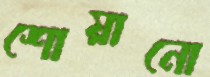
শোয়ানো